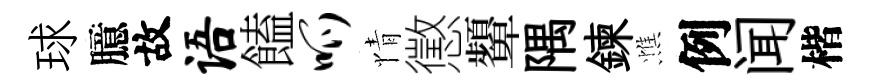
球臆故语饁呱情懲顰隅鍊憔例闻楷